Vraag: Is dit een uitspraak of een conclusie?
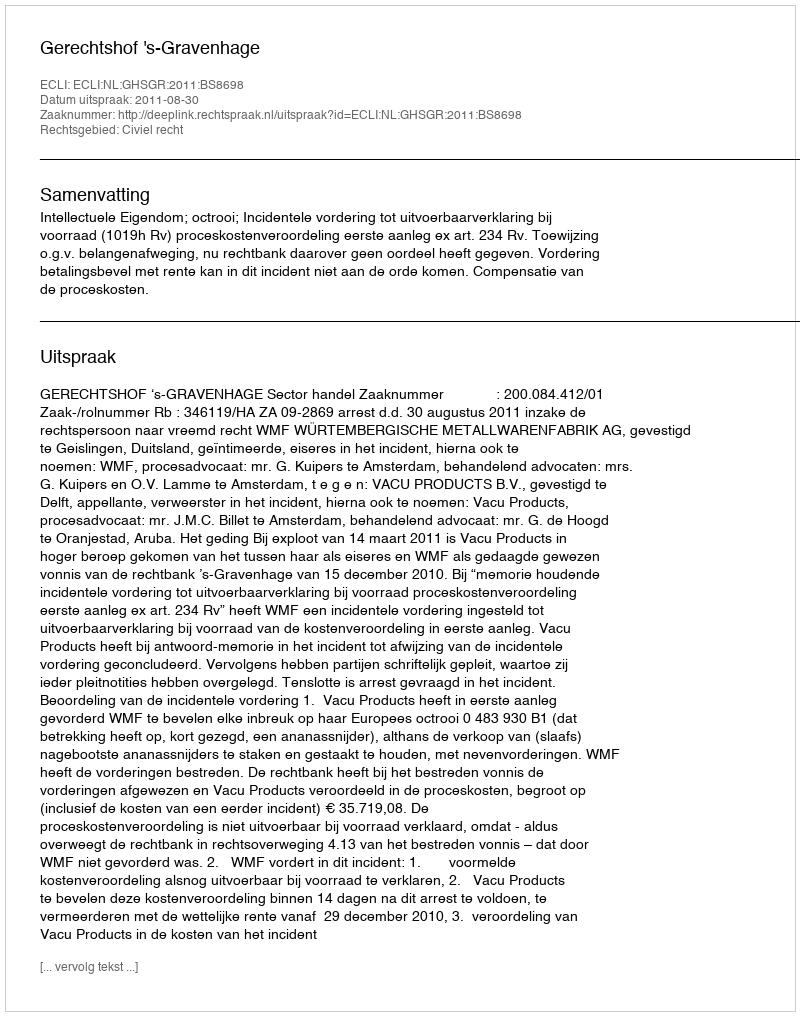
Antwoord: Uitspraak